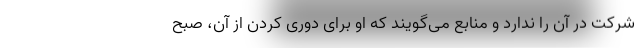
شرکت در آن را ندارد و منابع می‌گویند که او برای دوری کردن از آن، صبح